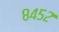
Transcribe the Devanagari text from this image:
८४५२